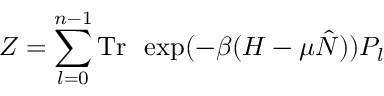
Z = \sum _ { l = 0 } ^ { n - 1 } \mathrm { T r \thinspace ~ } \exp ( - \beta ( H - \mu \hat { N } ) ) P _ { l }